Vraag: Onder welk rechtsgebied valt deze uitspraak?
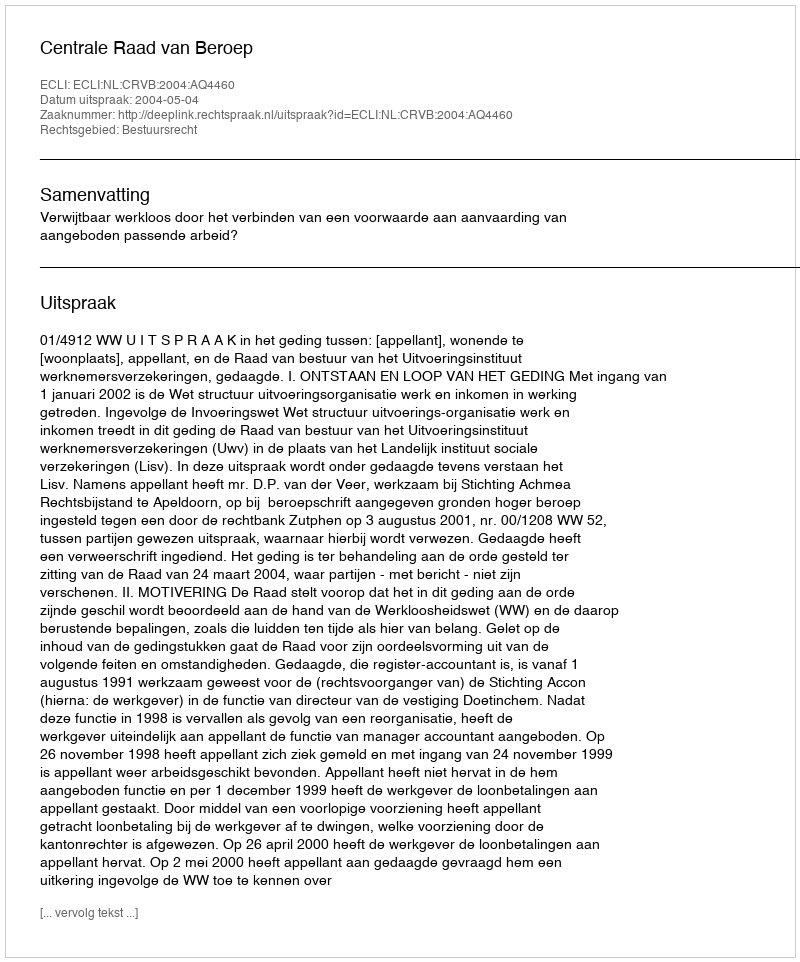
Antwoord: Bestuursrecht